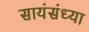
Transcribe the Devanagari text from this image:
सायंसंध्या